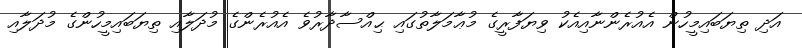
އަދި ތިޔަބައިމީހުން އެއުރެންނާއިއެކު ވިޔަފާރީގެ މުޢާމަލާތުގައި ޙިއްސާދާރުވެ އެއުރެންގެ މުދަލާއި ތިޔަބައިމީހުންގެ މުދަލާއި